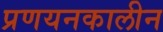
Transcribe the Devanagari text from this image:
प्रणयनकालीन